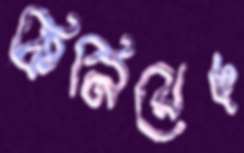
কিনিয়েছ